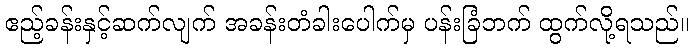
ဧည့်ခန်းနှင့်ဆက်လျက် အခန်းတံခါးပေါက်မှ ပန်းခြံဘက် ထွက်လို့ရသည်။